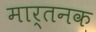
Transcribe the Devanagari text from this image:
मार्तनक